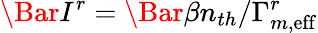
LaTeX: \Bar{I}^{r}=\Bar{\beta}n_{th}/\Gamma_{m,\mathrm{eff}}^{r}